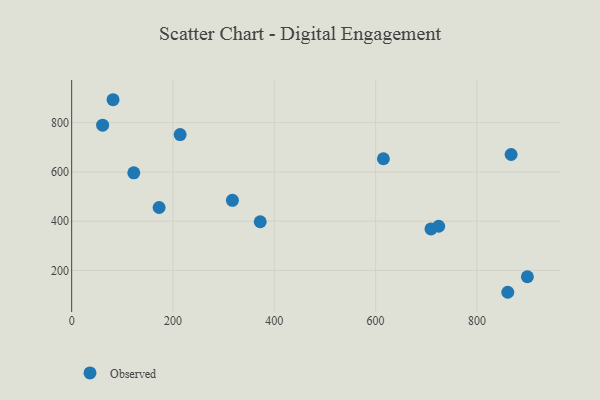
{"axis": {"x": "Price", "y": "Sales"}, "legend": ["Observed"], "data": [{"x": "724.5", "y": 379.4, "type": "Observed"}, {"x": "214.1", "y": 751.6, "type": "Observed"}, {"x": "867.5", "y": 670.7, "type": "Observed"}, {"x": "122.6", "y": 596.2, "type": "Observed"}, {"x": "61.1", "y": 789.9, "type": "Observed"}, {"x": "372.2", "y": 397.8, "type": "Observed"}, {"x": "172.6", "y": 455.5, "type": "Observed"}, {"x": "709.3", "y": 368.6, "type": "Observed"}, {"x": "860.9", "y": 111.4, "type": "Observed"}, {"x": "317.3", "y": 484.6, "type": "Observed"}, {"x": "615.4", "y": 653.5, "type": "Observed"}, {"x": "899.6", "y": 174.4, "type": "Observed"}, {"x": "81.7", "y": 893.1, "type": "Observed"}]}